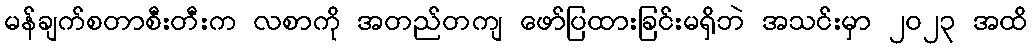
မန်ချက်စတာစီးတီးက လစာကို အတည်တကျ ဖော်ပြထားခြင်းမရှိဘဲ အသင်းမှာ ၂၀၂၃ အထိ